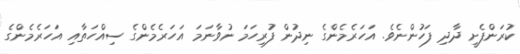
ކުރަންފެށީ ދާދި ފަހުންނެވެ. އަހަރެމެންގެ ނިދުން ފުރިހަމަ ނުވާނަމަ އަހަރެމެންގެ ސިއްހަތާއި އަހަރެމެންގެ